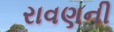
રાવણની